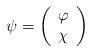
LaTeX: \begin{align*}\psi=\left(\begin{array}{lcr}\varphi\\\chi\end{array} \right)\end{align*}